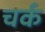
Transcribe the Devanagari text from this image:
चर्क